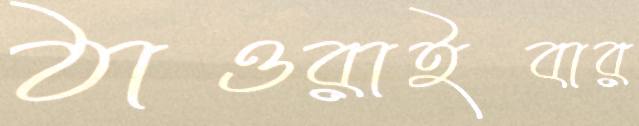
ঠাওরাইবার